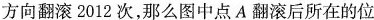
方向翻滚2012次，那么图中点A翻滚后所在的位